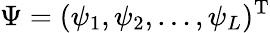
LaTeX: \Psi=(\psi_{1},\psi_{2},\dots,\psi_{L})^{\mathrm{T}}